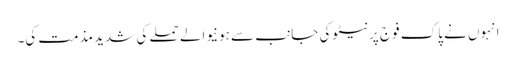
انہوں نے پاک فوج پرنیٹوکی جانب سے ہونیوالے حملے کی شدید مذمت کی۔